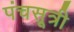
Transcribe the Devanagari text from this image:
पंचसूत्री